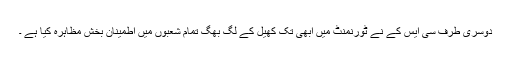
دوسری طرف سی ایس کے نے ٹورنمنٹ میں ابھی تک کھیل کے لگ بھگ تمام شعبوں میں اطمینان بخش مظاہرہ کیا ہے ۔